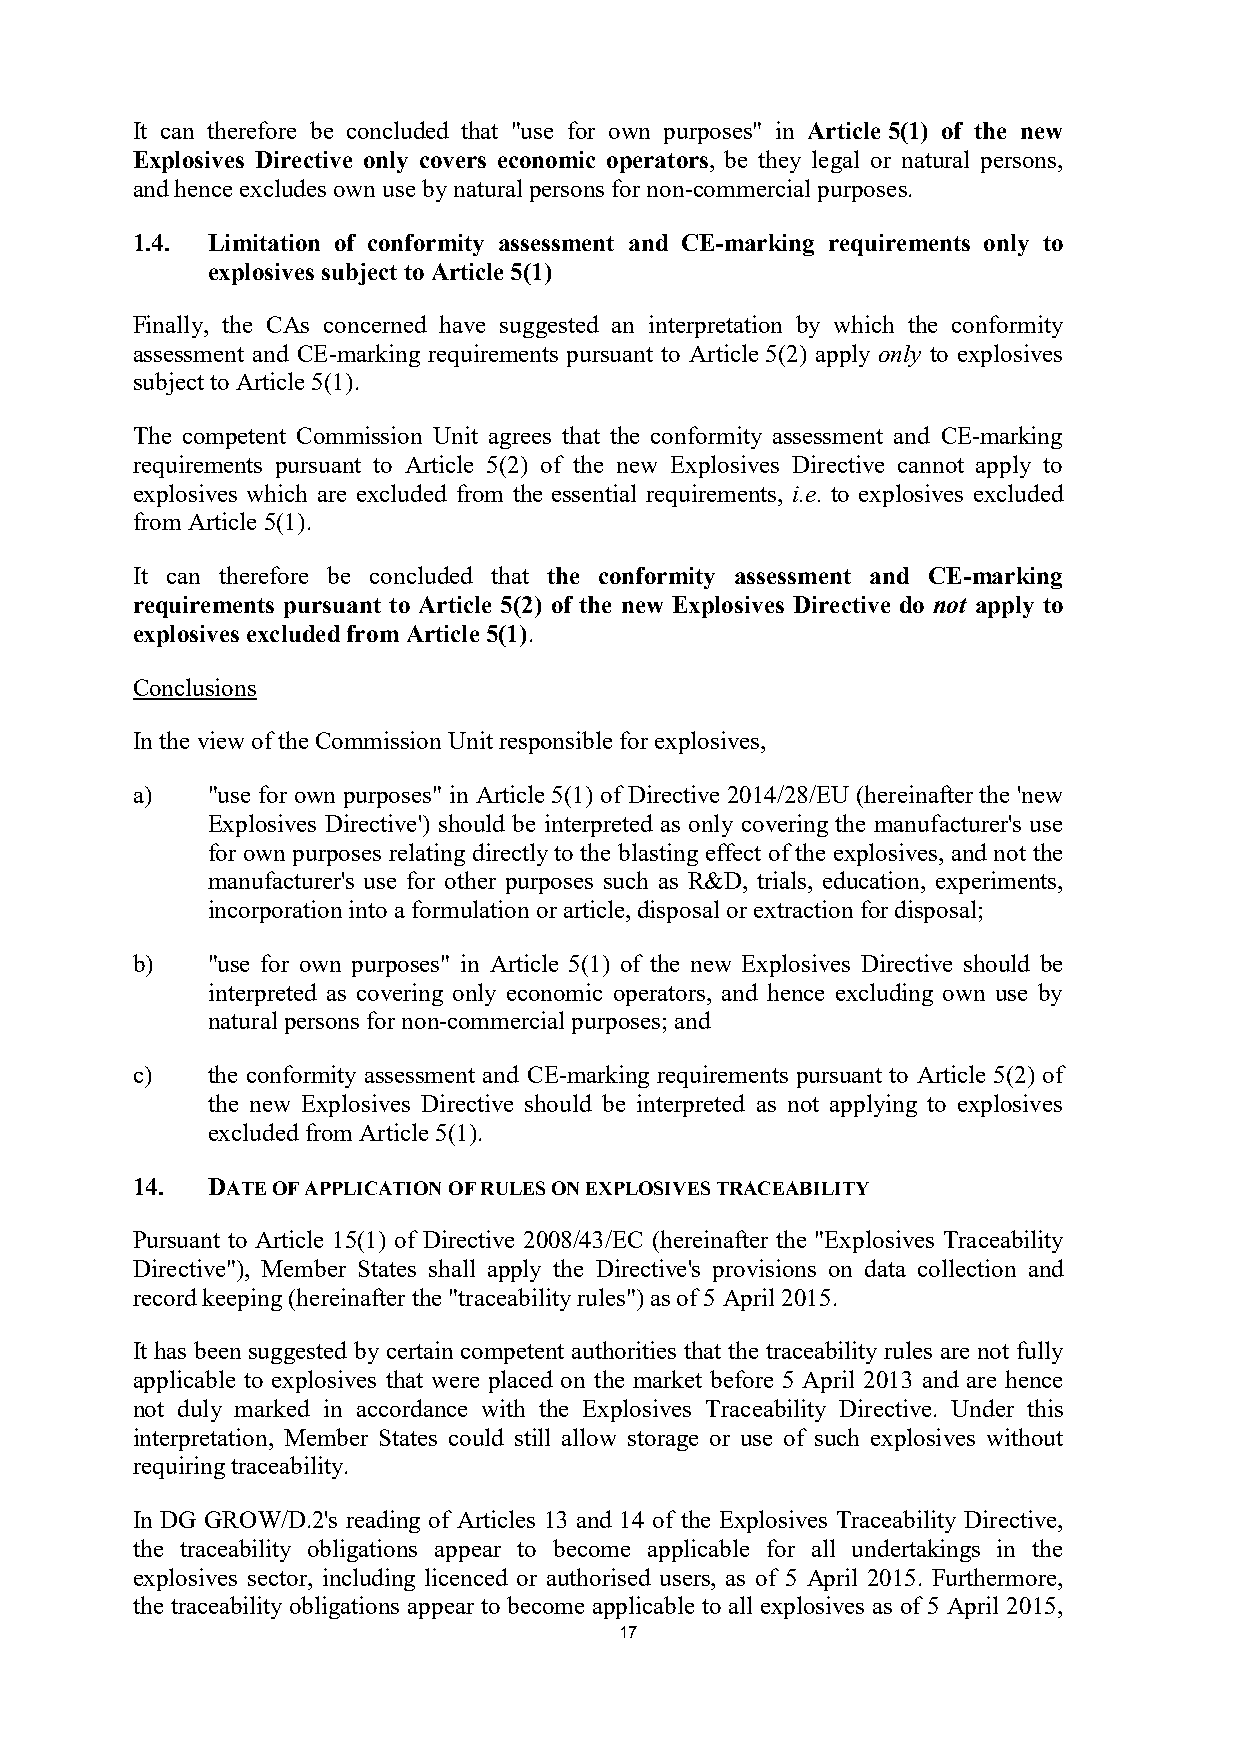
It can therefore be concluded that "use for own purposes" in Article 5(1) of the new
 Explosives Directive only covers economic operators, be they legal or natural persons,
 and hence excludes own use by natural persons for non-commercial purposes.
 1.4. Limitation of conformity assessment and CE-marking requirements only to
 explosives subject to Article 5(1)
 Finally, the CAs concerned have suggested an interpretation by which the conformity
 assessment and CE-marking requirements pursuant to Article 5(2) apply only to explosives
 subject to Article 5(1).
 The competent Commission Unit agrees that the conformity assessment and CE-marking
 requirements pursuant to Article 5(2) of the new Explosives Directive cannot apply to
 explosives which are excluded from the essential requirements, i.e. to explosives excluded
 from Article 5(1).
 It can therefore be concluded that the conformity assessment and CE-marking
 requirements pursuant to Article 5(2) of the new Explosives Directive do not apply to
 explosives excluded from Article 5(1).
 Conclusions
 In the view of the Commission Unit responsible for explosives,
 a)   "use for own purposes" in Article 5(1) of Directive 2014/28/EU (hereinafter the 'new
 Explosives Directive') should be interpreted as only covering the manufacturer's use
 for own purposes relating directly to the blasting effect of the explosives, and not the
 manufacturer's use for other purposes such as R&D, trials, education, experiments,
 incorporation into a formulation or article, disposal or extraction for disposal;
 b)   "use for own purposes" in Article 5(1) of the new Explosives Directive should be
 interpreted as covering only economic operators, and hence excluding own use by
 natural persons for non-commercial purposes; and
 c)   the conformity assessment and CE-marking requirements pursuant to Article 5(2) of
 the new Explosives Directive should be interpreted as not applying to explosives
 excluded from Article 5(1).
 14.  DATE OF APPLICATION OF RULES ON EXPLOSIVES TRACEABILITY
 Pursuant to Article 15(1) of Directive 2008/43/EC (hereinafter the "Explosives Traceability
 Directive"), Member States shall apply the Directive's provisions on data collection and
 record keeping (hereinafter the "traceability rules") as of 5 April 2015.
 It has been suggested by certain competent authorities that the traceability rules are not fully
 applicable to explosives that were placed on the market before 5 April 2013 and are hence
 not duly marked in accordance with the Explosives Traceability Directive. Under this
 interpretation, Member States could still allow storage or use of such explosives without
 requiring traceability.
 In DG GROW/D.2's reading of Articles 13 and 14 of the Explosives Traceability Directive,
 the traceability obligations appear to become applicable for all undertakings in the
 explosives sector, including licenced or authorised users, as of 5 April 2015. Furthermore,
 the traceability obligations appear to become applicable to all explosives as of 5 April 2015,
 17